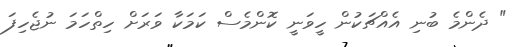
" ދެންމެ ބުނި އެއްޗަކުން ހީވަނީ ކޮންމެސް ކަމަކާ ވަރަށް ހިތްހަމަ ނުޖެހިފަ